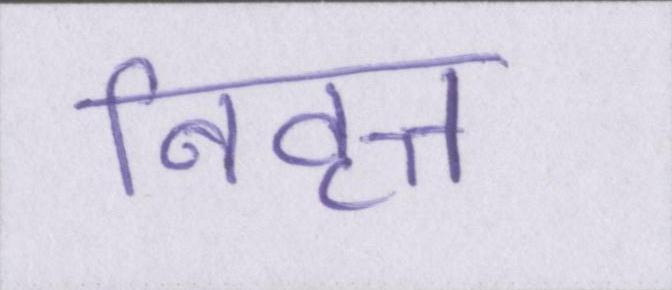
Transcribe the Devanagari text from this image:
निवृत्त